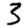
Digit: 3